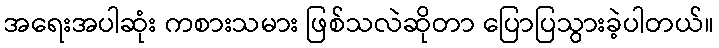
အရေးအပါဆုံး ကစားသမား ဖြစ်သလဲဆိုတာ ပြောပြသွားခဲ့ပါတယ်။